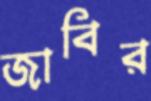
জাবির